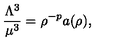
\frac { \Lambda ^ { 3 } } { \mu ^ { 3 } } = \rho ^ { - p } a ( \rho ) ,